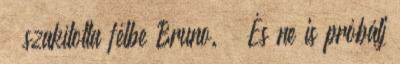
– szakította félbe Bruno. – És ne is próbálj